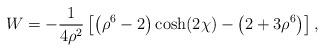
LaTeX: \begin{align*} W =- \frac{1}{4\rho^2}\left[\left(\rho^6 - 2\right) \cosh(2 \chi) - \left(2 +3 \rho^6\right)\right],\end{align*}